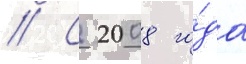
// С 2008 го́да